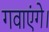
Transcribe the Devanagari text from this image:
गवाएंगे।